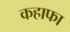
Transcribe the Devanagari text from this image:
कहाफा